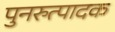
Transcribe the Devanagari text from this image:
पुनरुत्‍पादक